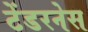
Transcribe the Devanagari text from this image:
टेंडरनेस